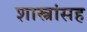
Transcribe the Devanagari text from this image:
शास्त्रांसह